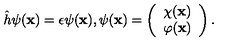
\hat { h } \psi ( { \bf x } ) = \epsilon \psi ( { \bf x } ) , \psi ( { \bf x } ) = \left( \begin{array} { c } { \chi ( { \bf x } ) } \\ { \varphi ( { \bf x } ) } \\ \end{array} \right) .